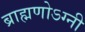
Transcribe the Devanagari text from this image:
ब्राह्मणोऽग्नी